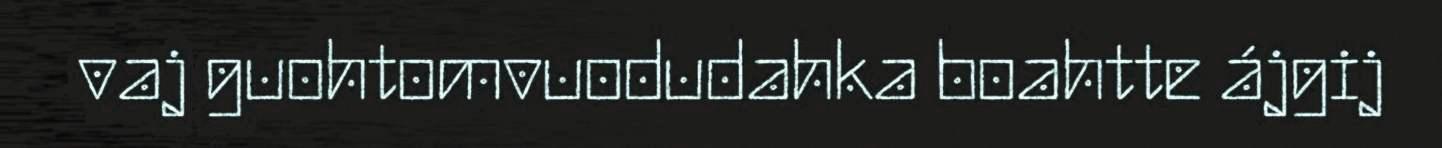
vaj guohtomvuodudahka boahtte ájgij